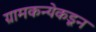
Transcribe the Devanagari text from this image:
ग्रामकन्येकडून